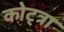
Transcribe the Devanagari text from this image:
कोट्त्रा